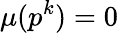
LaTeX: \mu(p^{k})=0